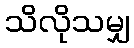
သိလိုသမျှ